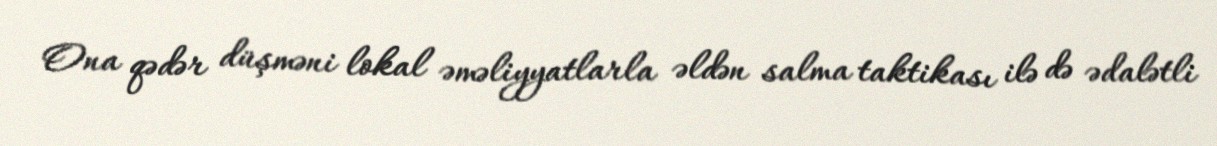
Ona qədər düşməni lokal əməliyyatlarla əldən salma taktikası ilə də ədalətli